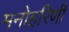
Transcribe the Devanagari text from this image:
मनोहरिणी